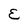
Character: E